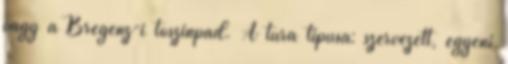
vagy a Bregenz-i tószínpad. A túra típusa: szervezett, egyéni